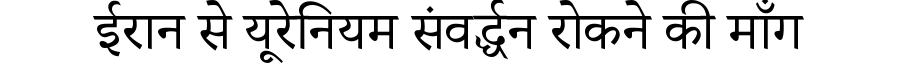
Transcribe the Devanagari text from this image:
ईरान से यूरेनियम संवर्द्धन रोकने की माँग